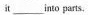
it___into parts.